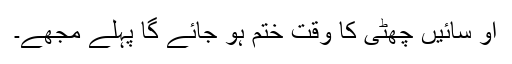
او سائیں چھٹی کا وقت ختم ہو جائے گا پہلے مجھے۔